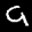
Label: 9